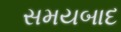
સમયબાદ